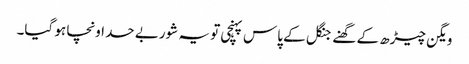
ویگن چیڑھ کے گھنے جنگل کے پاس پہنچی تو یہ شوربے حد اونچا ہو گیا۔